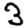
Digit: 3